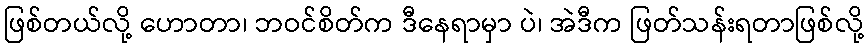
ဖြစ်တယ်လို့ ဟောတာ၊ ဘဝင်စိတ်က ဒီနေရာမှာ ပဲ၊ အဲဒီက ဖြတ်သန်းရတာဖြစ်လို့